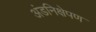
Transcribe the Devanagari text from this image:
अंडनिक्षेपण